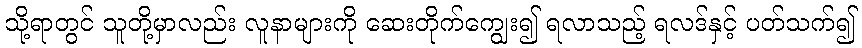
သို့ရာတွင် သူတို့မှာလည်း လူနာများကို ဆေးတိုက်ကျွေး၍ ရလာသည့် ရလဒ်နှင့် ပတ်သက်၍